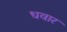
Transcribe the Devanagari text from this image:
धवार